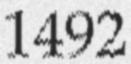
1492